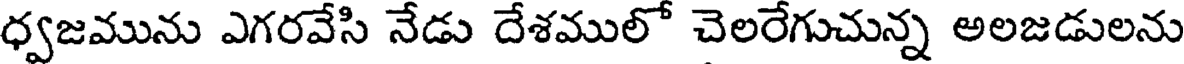
ధ్వజమును ఎగరవేసి నేడు దేశములో చెలరేగుచున్న అలజడులను